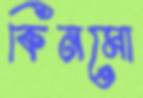
কিনমো